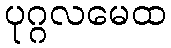
ပုဂ္ဂလမေထ